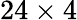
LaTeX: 24\times 4